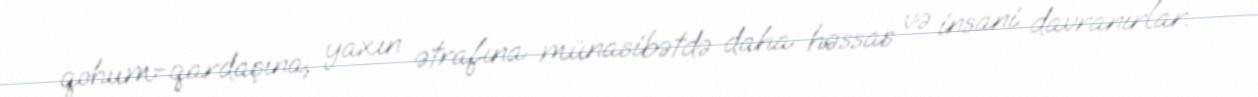
qohum-qardaşına, yaxın ətrafına münasibətdə daha həssas və insani davranırlar.